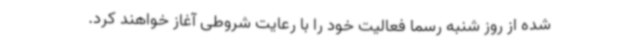
شده از روز شنبه رسما فعالیت خود را با رعایت شروطی آغاز خواهند کرد.